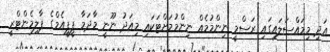
އަދި މިމައްސަލައިގައި ރަސްމީ ނިންމުމެއް ނިންމުމަށްޓަކައި މިއަދު ނޫނީ މާދަމާ ޕީޕީއެމްގެ ޕާލިމެންޓްރީ